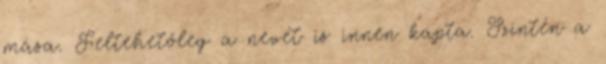
mása. Feltehetőleg a nevét is innen kapta. Szintén a